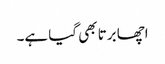
اچھا برتا بھی گیا ہے۔